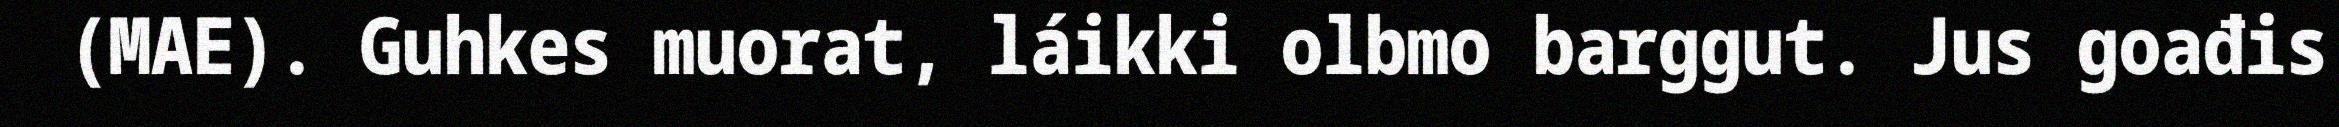
(MAE). Guhkes muorat, láikki olbmo barggut. Jus goađis